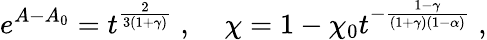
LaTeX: e^{A-A_{0}}=t^{\frac{2}{3(1+\gamma)}}\; ,\; \; \; \; \chi=1-\chi_{0}t^{-\frac{1-\gamma}{(1+\gamma)(1-\alpha)}}\; ,